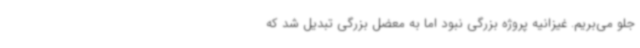
جلو می‌بریم. غیزانیه پروژه بزرگی نبود اما به معضل بزرگی تبدیل شد که